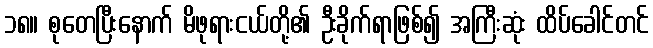
၁၈။ စုတေပြီးနောက် မိဖုရားငယ်တို့၏ ဦးခိုက်ရာဖြစ်၍ အကြီးဆုံး ထိပ်ခေါင်တင်